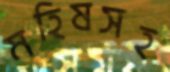
মহিষসহ